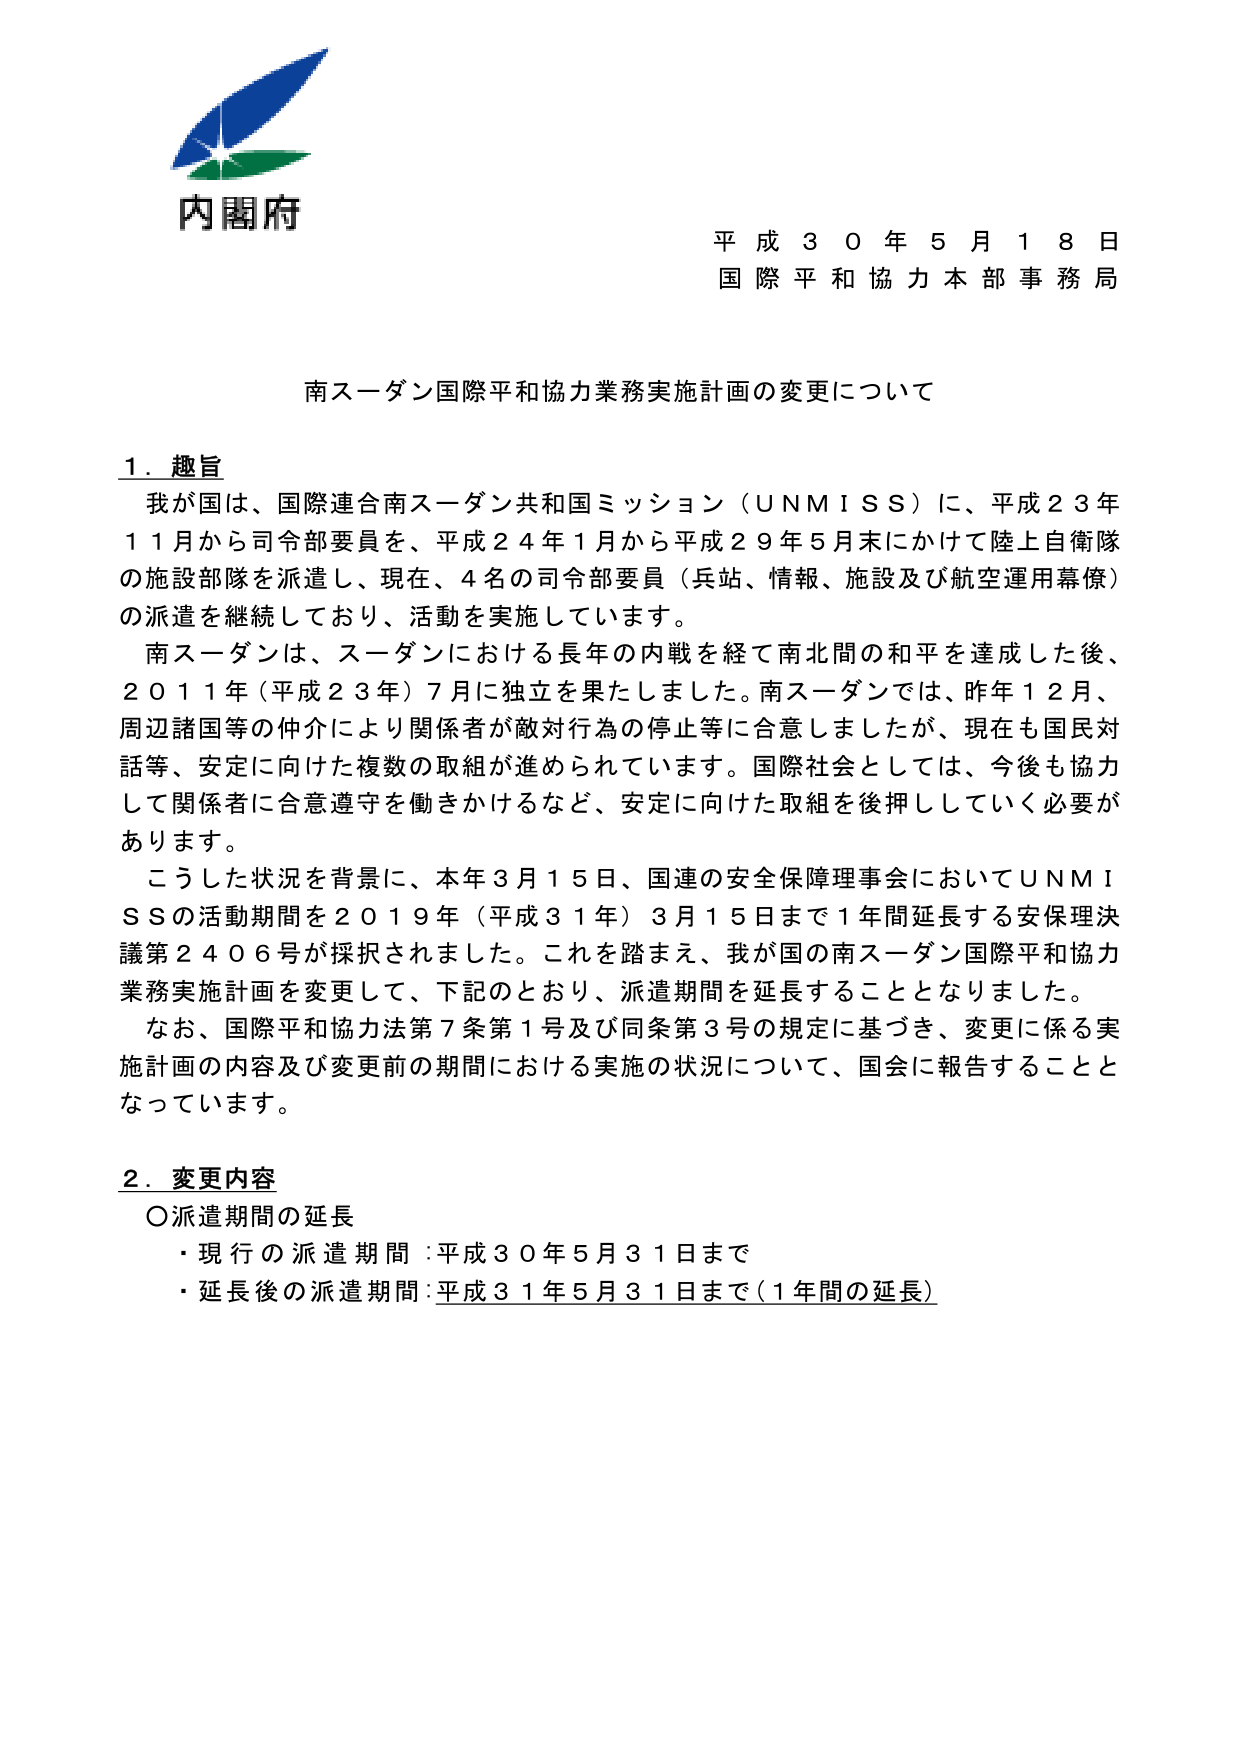
内閣府
平成３０年５月１８日
国際平和協力本部事務局

南スーダン国際平和協力業務実施計画の変更について

１．趣旨
我が国は、国際連合南スーダン共和国ミッション（ＵＮＭＩＳＳ）に、平成２３年１１月から司令部要員を、平成２４年１月から平成２９年５月末にかけて陸上自衛隊の施設部隊を派遣し、現在、４名の司令部要員（兵站、情報、施設及び航空運用幕僚）の派遣を継続しており、活動を実施しています。
南スーダンは、スーダンにおける長年の内戦を経て南北間の和平を達成した後、２０１１年（平成２３年）７月に独立を果たしました。南スーダンでは、昨年１２月、周辺諸国等の仲介により関係者が敵対行為の停止等に合意しましたが、現在も国民対話等、安定に向けた複数の取組が進められています。国際社会としては、今後も協力して関係者に合意遵守を働きかけるなど、安定に向けた取組を後押ししていく必要があります。
こうした状況を背景に、本年３月１５日、国連の安全保障理事会においてＵＮＭＩＳＳの活動期間を２０１９年（平成３１年）３月１５日まで１年間延長する安保理決議第２４０６号が採択されました。これを踏まえ、我が国の南スーダン国際平和協力業務実施計画を変更して、下記のとおり、派遣期間を延長することとなりました。
なお、国際平和協力法第７条第１号及び同条第３号の規定に基づき、変更に係る実施計画の内容及び変更前の期間における実施の状況について、国会に報告することとなっています。

２．変更内容
〇派遣期間の延長
・現行の派遣期間：平成３０年５月３１日まで
・延長後の派遣期間：平成３１年５月３１日まで（１年間の延長）